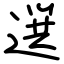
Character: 選